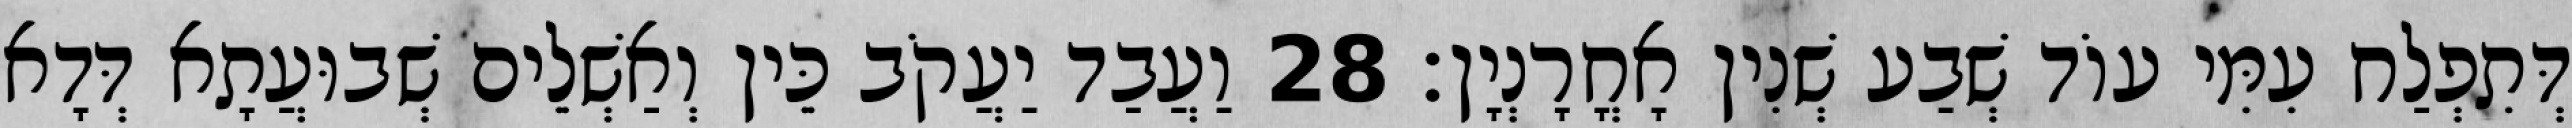
דְּתִפְלַח עִמִּי עוֹד שְׁבַע שְׁנִין אָחֳרָנְיָן׃ 28 וַעֲבַד יַעֲקֹב כֵּין וְאַשְׁלֵים שְׁבוּעֲתָא דְּדָא